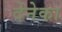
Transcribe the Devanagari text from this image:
देनेका